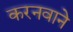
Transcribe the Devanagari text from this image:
करनवाने